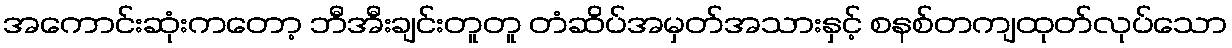
အကောင်းဆုံးကတော့ ဘီအီးချင်းတူတူ တံဆိပ်အမှတ်အသားနှင့် စနစ်တကျထုတ်လုပ်သော